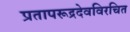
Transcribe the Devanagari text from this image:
प्रतापरूद्रदेवविरचित